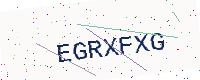
Text: EGRXFXG